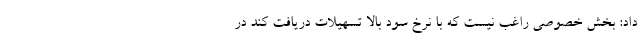
داد: بخش خصوصی راغب نیست که با نرخ سود بالا تسهیلات دریافت کند در